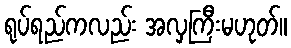
ရုပ်ရည်ကလည်း အလှကြီးမဟုတ်။